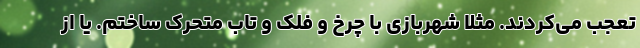
تعجب می‌کردند. مثلا شهربازی با چرخ و فلک و تاب متحرک ساختم. یا از